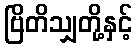
ဗြိတိသျှတို့နှင့်